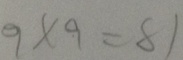
9 \times 9 = 8 1